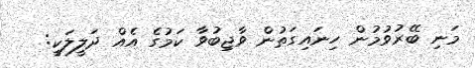
މަނި ބޭރުވުމުން ހިނައިގަތުން ވާޖިބުވާ ކަމުގެ އެއް ދަލީލަކީ: